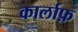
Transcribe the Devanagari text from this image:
कार्लाफ़